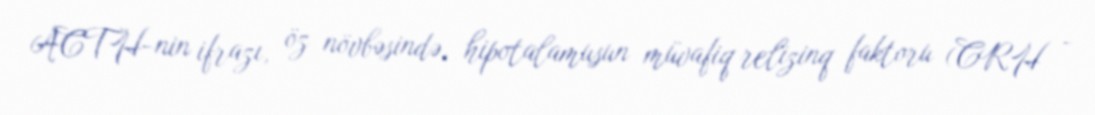
ACTH-nin ifrazı, öz növbəsində, hipotalamusun müvafiq relizinq faktoru (CRH -